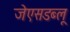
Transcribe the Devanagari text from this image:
जेएसडब्लू